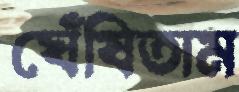
ঘেঁষিতাম